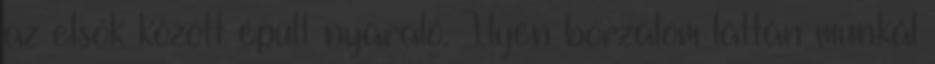
az elsők között épült nyaraló. Ilyen borzalom láttán munkál